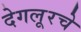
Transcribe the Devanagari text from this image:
देगलूरचे